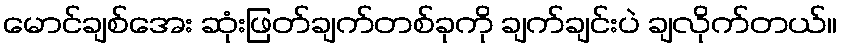
မောင်ချစ်အေး ဆုံးဖြတ်ချက်တစ်ခုကို ချက်ချင်းပဲ ချလိုက်တယ်။